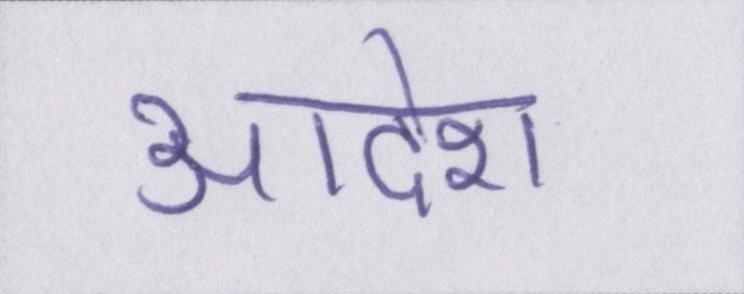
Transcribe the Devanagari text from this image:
आदेश